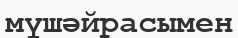
мүшәйрасымен